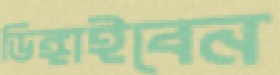
ডিঙ্গাইবেন